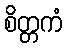
စိတ္တကံ